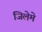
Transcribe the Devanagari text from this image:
जिलेमे